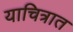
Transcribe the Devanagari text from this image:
याचित्रात